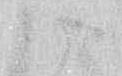
候